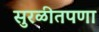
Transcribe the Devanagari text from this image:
सुरळीतपणा